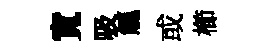
寬吸觚或櫛